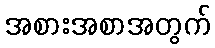
အစားအစာအတွက်